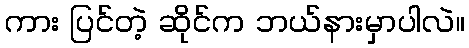
ကား ပြင်တဲ့ ဆိုင်က ဘယ်နားမှာပါလဲ။